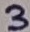
Text: 3